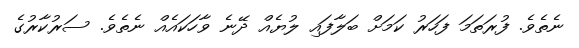
ނެތެވެ. ފުރަތަމަ ފަހަރު ކަމަށް ބަލާފައި ލުޔެއް ދޭނެ ވާހަކައެއް ނެތެވެ. ސަރުކާރުގެ